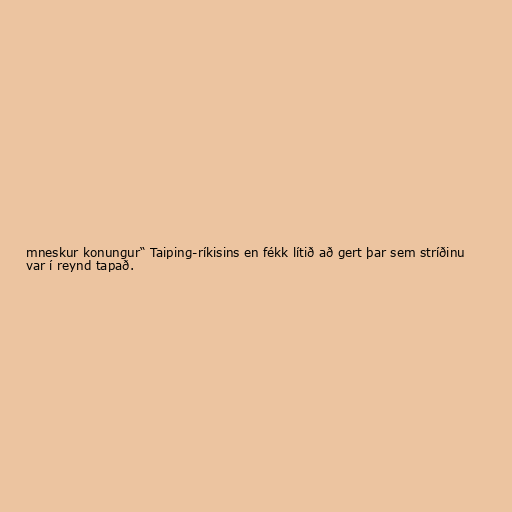
mneskur konungur“ Taiping-ríkisins en fékk lítið að gert þar sem stríðinu
var í reynd tapað.